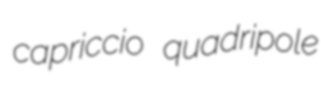
capriccio quadripole